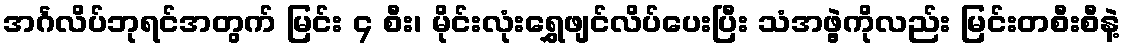
အင်္ဂလိပ်ဘုရင်အတွက် မြင်း ၄ စီး၊ မိုင်းလုံးရွှေဖျင်လိပ်ပေးပြီး သံအဖွဲ့ကိုလည်း မြင်းတစီးစီနဲ့